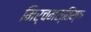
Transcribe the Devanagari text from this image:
मिर्चमस्तिस्क